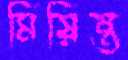
মিয়িন্ত